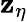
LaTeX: \mathbf{z}_{\eta}